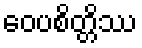
ဝေပစိတ္တိဿ